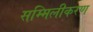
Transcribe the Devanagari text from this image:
सम्मिलीकरण